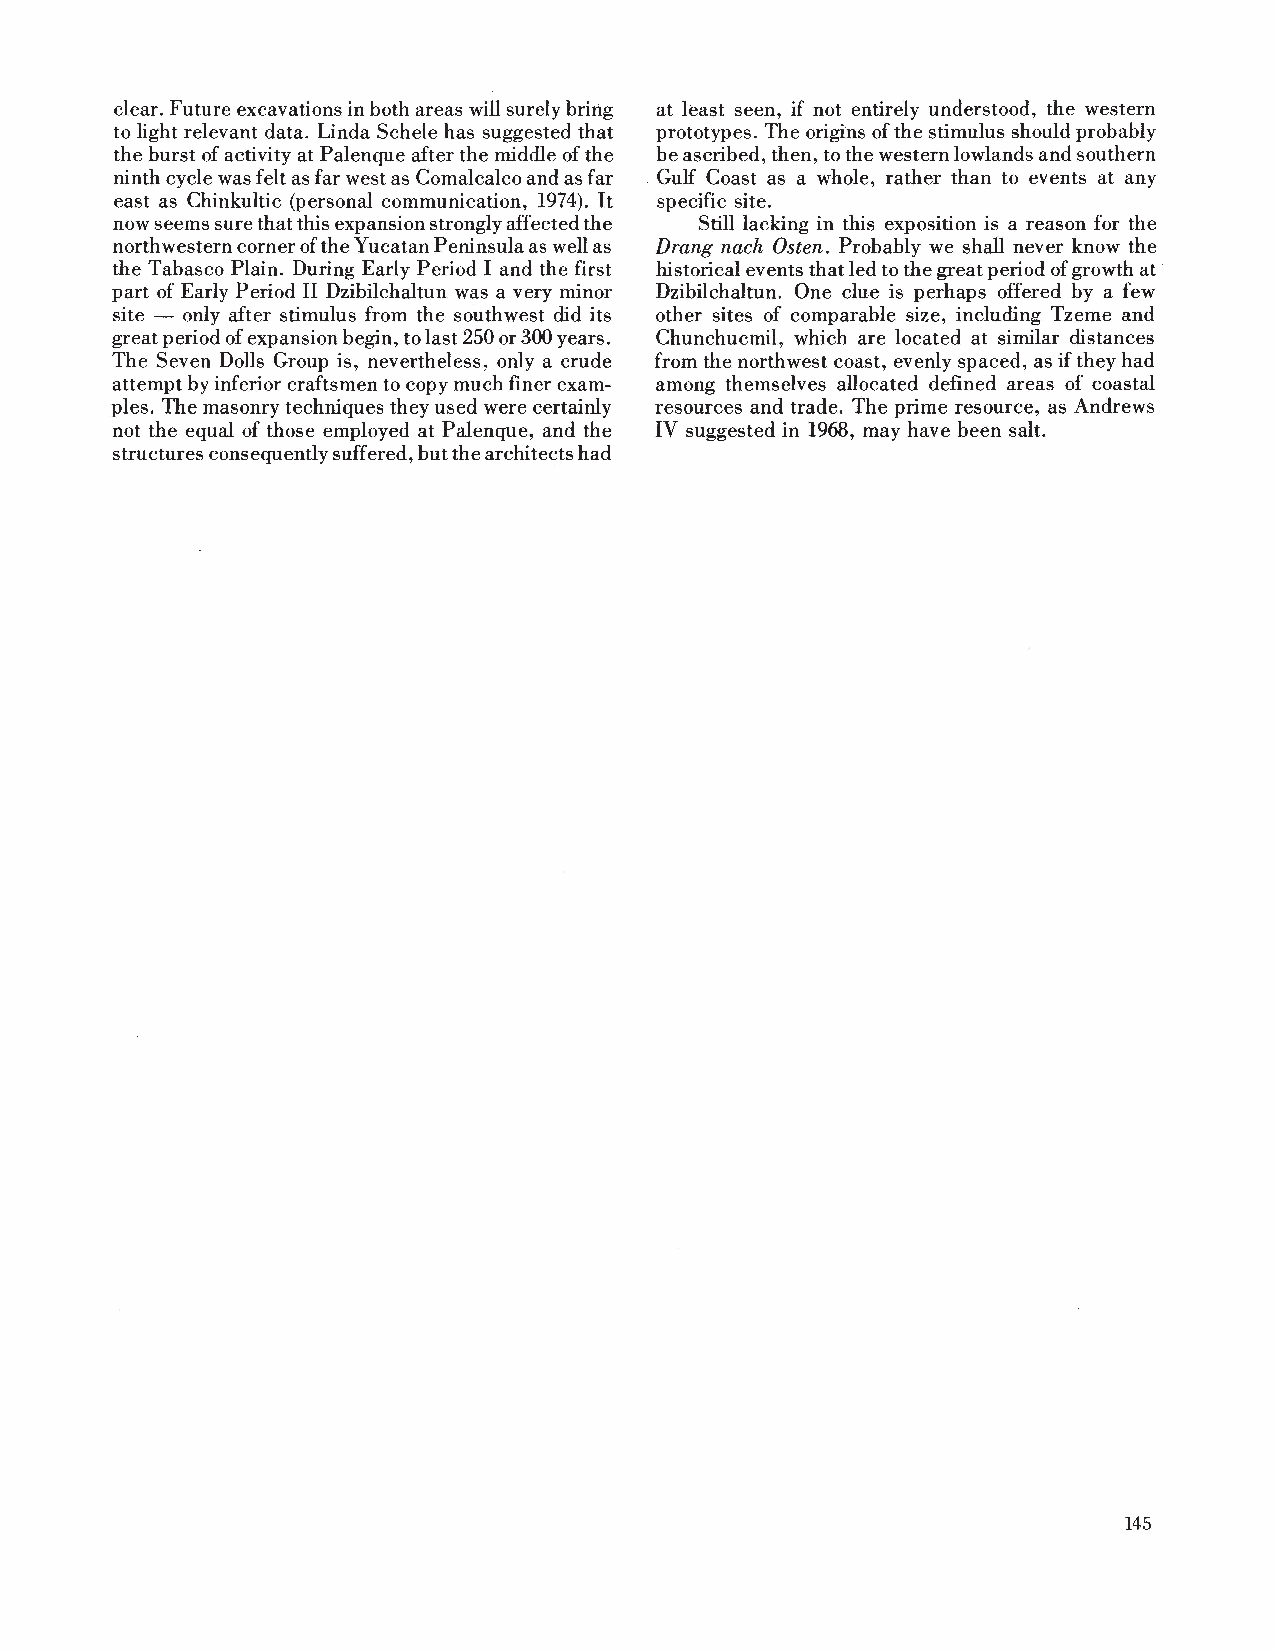
clear. Future excavations in both areas will surely bring at least seen, if not entirely understood, the western
 to light relevant data. Linda Schele has suggested that prototypes. The origins of the stimulus should probably
 the burst of activity at Palenque after the middle of the be ascribed, then, to the western lowlands and southern
 ninth cycle was felt as far west as Comalcalco and as far Gulf Coast as a whole, rather than to events at any
 east as Chinkultic (personal communication, 1974). It specific site.
 now seems sure that this expansion strongly affected the Still lacking in this exposition is a reason for the
 northwestern corner of the Yucatan Peninsula as well as Drang nach Osten. Probably we shall never know the
 the Tabasco Plain. During Early Period I and the first historical events that led to the great period of growth at
 part of Early Period II Dzibilchaltun was a very minor Dzibilchaltun. One clue is perhaps offered by a few
 site - only after stimulus from the southwest did its other sites of comparable size, including Tzeme and
 great period of expansion begin, to last 250 or 300 years. Chunchucmil, which are located at similar distances
 The Seven Dolls Group is, nevertheless, only a crude from the northwest coast, evenly spaced, as if they had
 attempt by inferior craftsmen to copy much finer exam among themselves allocated defined areas of coastal
 ples. The masonry techniques they used were certainly resources and trade. The prime resource, as Andrews
 not the equal of those employed at Palenque, and the IV suggested in 1968, may have been salt.
 structures consequently suffered, but the architects had
 145